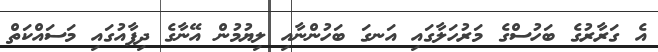
އެ ގަރާރުގެ ބަހުސްގެ މަރުހަލާގައި އަނގަ ބަހުންނާއި ލިޔުމުން އޭނާގެ ދިފާއުގައި މަސައްކަތް